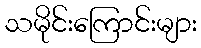
သမိုင်းကြောင်းများ